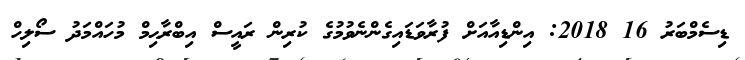
ޑިސެމްބަރު 16 2018: އިންޑިއާއަށް ފުރާވަޑައިގެންނެވުމުގެ ކުރިން ރައީސް އިބްރާޙިމް މުހައްމަދު ސޯލިހް